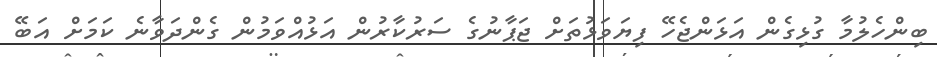
ބިންހެލުމާ ގުޅިގެން އަޅަންޖެހޭ ފިޔަވަޅުތަށް ޖަޕާނުގެ ސަރުކާރުން އަޅުއްވަމުން ގެންދަވާނެ ކަމަށް އަބޭ